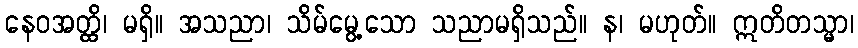
နေဝအတ္ထိ၊ မရှိ။ အသညာ၊ သိမ်မွေ့သော သညာမရှိသည်။ န၊ မဟုတ်။ ဣတိတသ္မာ၊